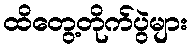
ထိတွေ့တိုက်ပွဲများ